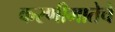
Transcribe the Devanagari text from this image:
करणीमातेचे